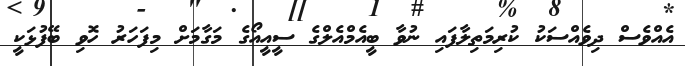
އެއްވެސް ދިވެއްސަކު ކުރިމަތިލާފައި ނުވާ ބީއެމްއެލްގެ ސީއީއޯގެ މަގާމަށް މިފަހަރު ހޮވި ބޭފުޅަކީ